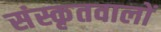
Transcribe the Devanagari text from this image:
संस्कृतवालों